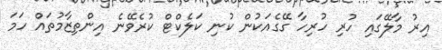
އިރު މާލޭގައި ހުރި ހުރިހާ ގޭގެއަކުން ކުނި ކަލެކްޓް ކުރެވޭނެ އިންތިޒާމުތައް ހަމަ